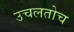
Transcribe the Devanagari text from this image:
उचलतोच